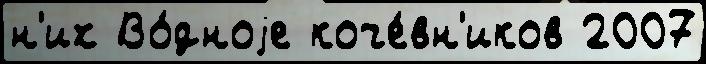
н'их Во́дноjе коче́вн'иков 2007